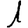
Digit: 1